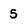
Character: 5